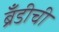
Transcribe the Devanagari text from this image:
ब्रँडीची